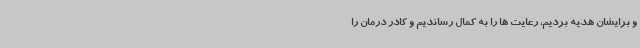
و برایشان هدیه بردیم، رعایت ها را به کمال رساندیم و کادر درمان را